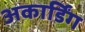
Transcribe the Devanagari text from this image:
अकार्डिंग